Annual report on the working of the mental hospitals in the Madras Presidency - 1912-1932
Year: 1912
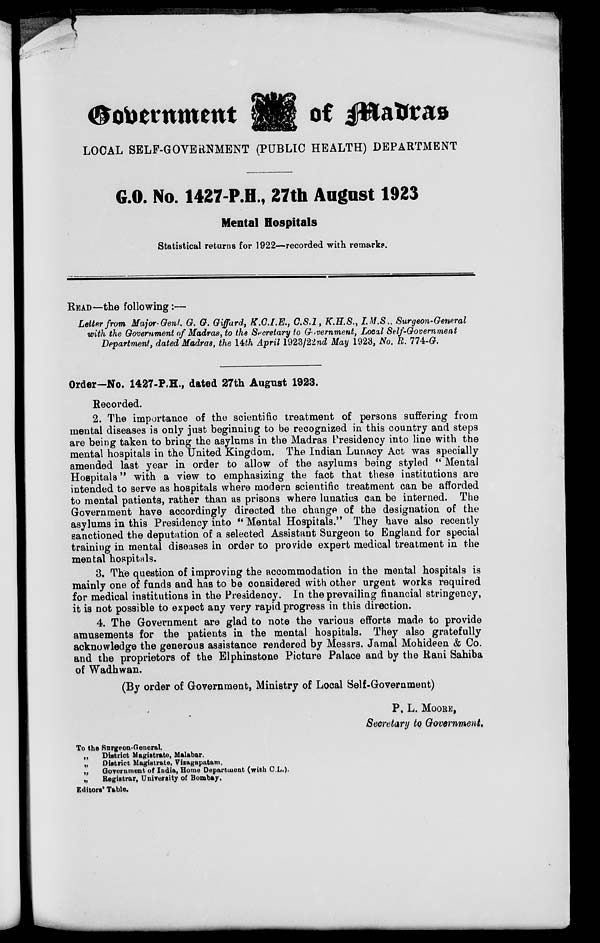
Government
of Madras
LOCAL SELF-GOVERNMENT (PUBLIC HEALTH) DEPARTMENT
G.O. No. 1427 P.H., 27th August 1923
Mental Hospitals
Statistical returns for 1922—recorded with remarks.
READ—the following:—
Letter from Major-Genl. G. G. Giffard, K.C.I.E., C.S.I., K.H.S., I.M.S., Surgeon-General
with the Government of Madras, to the Secretary to Government, Local Self-Government
Department, dated Madras, the 14th April 1923/22nd May 1923, No. R. 774-G.
Order—No. 1427-P,H., dated 27th August 1923.
Recorded.
2. The importance of the scientific treatment of persons suffering from
mental diseases is only just beginning to be recognized in this country and steps
are being taken to bring the asylums in the Madras Presidency into line with the
mental hospitals in the United Kingdom. The Indian Lunacy Act was specially
amended last year in order to allow of the asylums being styled " Mental
Hospitals " with a view to emphasizing the fact that these institutions are
intended to serve as hospitals where modern scientific treatment can be afforded
to mental patients, rather than as prisons where lunatics can be interned. The
Government have accordingly directed the change of the designation of the
asylums in this Presidency into " Mental Hospitals." They have also recently
sanctioned the deputation of a selected Assistant Surgeon to England for special
training in mental diseases in order to provide expert medical treatment in the
mental hospitals.
3. The question of improving the accommodation in the mental hospitals is
mainly one of funds and has to be considered with other urgent works required
for medical institutions in the Presidency. In the prevailing financial stringency,
it is not possible to expect any very rapid progress in this direction.
4. The Government are glad to note the various efforts made to provide
amusements for the patients in the mental hospitals. They also gratefully
acknowledge the generous assistance rendered by Messrs. Jamal Mohideen & Co.
and the proprietors of the Elphinstone Picture Palace and by the Rani Sahiba
of Wadhwan.
(By order of Government, Ministry of Local Self-Government)
P. L. MOORE,
Secretary to Government.
To the Surgeon-General.
„
District Magistrate, Malabar.
„
District Magistrate, Vizagapatam.
„
Government of India, Home Department (with C.L.).
„
Registrar, University of Bombay.
Editors' Table.